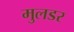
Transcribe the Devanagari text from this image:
मुलडर